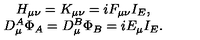
\begin{array} { c } { H _ { \mu \nu } = K _ { \mu \nu } = i F _ { \mu \nu } I _ { E } , } \\ { D _ { \mu } ^ { A } \Phi _ { A } = D _ { \mu } ^ { B } \Phi _ { B } = i E _ { \mu } I _ { E } . } \\ \end{array}